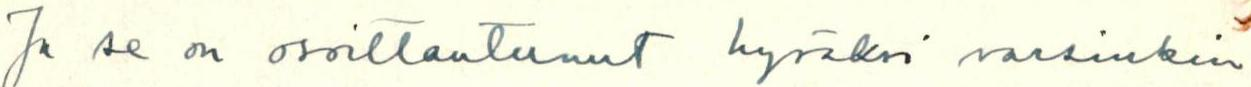
Ja se on osoittautunut hyväksi varsinkin